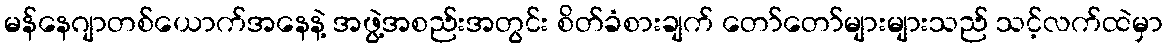
မန်နေဂျာတစ်ယောက်အနေနဲ့ အဖွဲ့အစည်းအတွင်း စိတ်ခံစားချက် တော်တော်များများသည် သင့်လက်ထဲမှာ